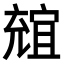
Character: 𠒩